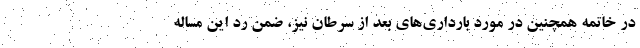
در خاتمه همچنین در مورد بارداری‌های بعد از سرطان نیز، ضمن رد این مساله